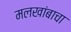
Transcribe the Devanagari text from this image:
मलखांबाचा